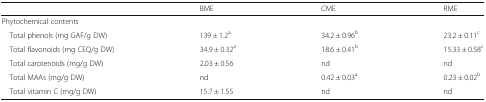
|  | BME | CME | RME |
 | --- | --- | --- | --- |
 | <COLSPAN=4> Phytochemical contents |
 | Total phenols (mg GAF/g DW) | 139 ± 1.2a | 34.2 ± 0.96b | 23.2 ± 0.11c |
 | Total flavonoids (mg CEQ/g DW) | 34.9 ± 0.32a | 18.6 ± 0.41b | 15.33 ± 0.58c |
 | Total carotenoids (mg/g DW) | 2.03 ± 0.56 | nd | nd |
 | Total MAAs (mg/g DW) | nd | 0.42 ± 0.03a | 0.23 ± 0.02b |
 | Total vitamin C (mg/g DW) | 15.7 ± 1.55 | nd | nd |